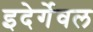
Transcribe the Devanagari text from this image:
इदेर्गेवल